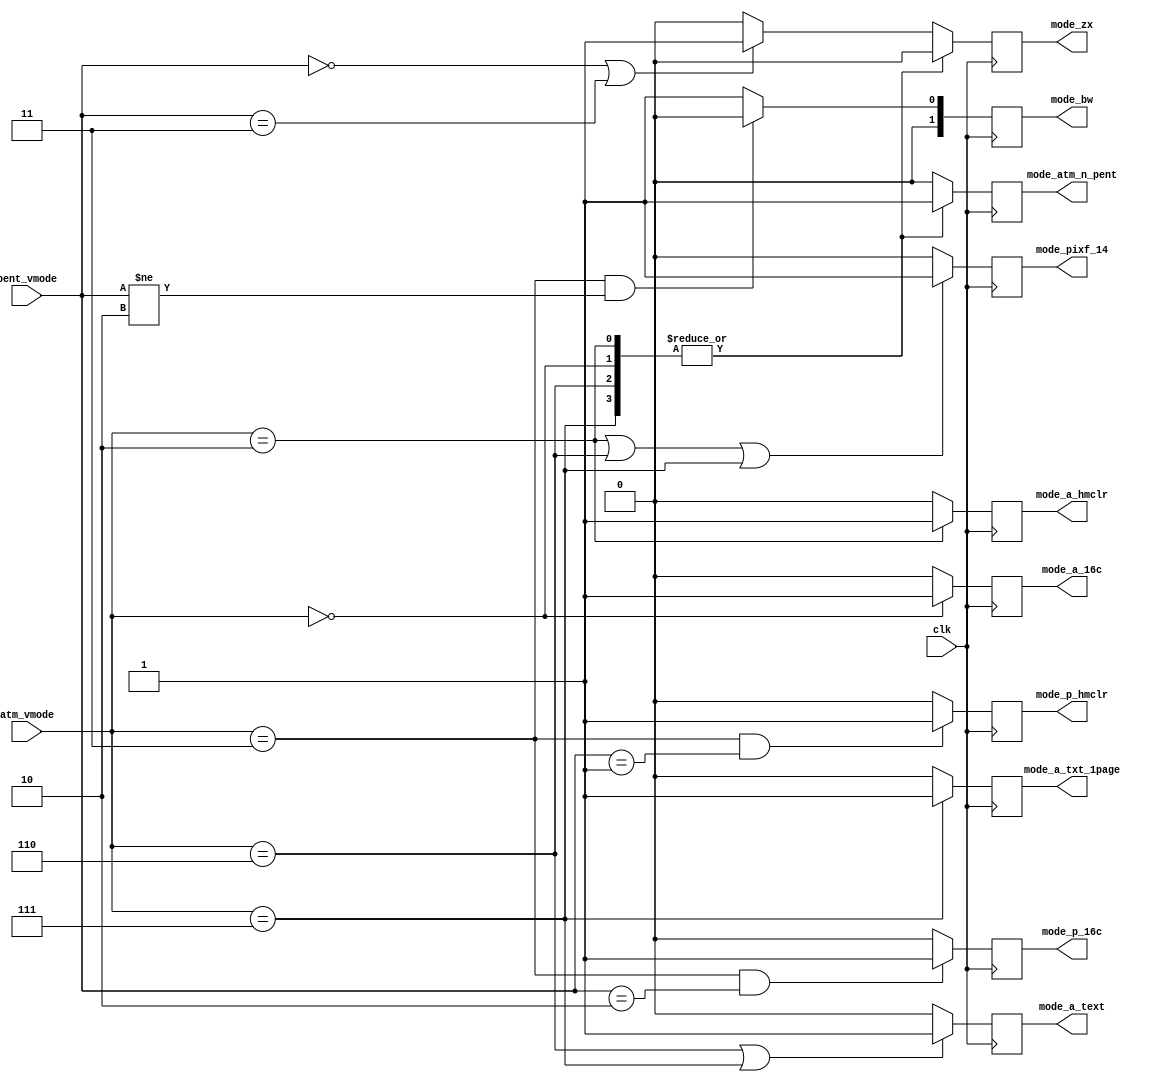
module video_modedecode(
	input  wire        clk,
	input  wire [ 1:0] pent_vmode, 
	input  wire [ 2:0] atm_vmode,  
	output reg         mode_atm_n_pent, 
	output reg         mode_zx, 
	output reg         mode_p_16c,   
	output reg         mode_p_hmclr, 
	output reg         mode_a_hmclr, 
	output reg         mode_a_16c,   
	output reg         mode_a_text,  
	output reg         mode_a_txt_1page, 
	output reg         mode_pixf_14, 
	output reg  [ 1:0] mode_bw 
);
	always @(posedge clk)
	begin
		case( atm_vmode )
			3'b010:  mode_atm_n_pent <= 1'b1;
			3'b000:  mode_atm_n_pent <= 1'b1;
			3'b110:  mode_atm_n_pent <= 1'b1;
			3'b111:  mode_atm_n_pent <= 1'b1;
			3'b011:  mode_atm_n_pent <= 1'b0;
			default: mode_atm_n_pent <= 1'b0;
		endcase
		case( atm_vmode )
			3'b010: mode_zx <= 1'b0;
			3'b000: mode_zx <= 1'b0;
			3'b110: mode_zx <= 1'b0;
			3'b111: mode_zx <= 1'b0;
			default: begin
				if( (pent_vmode==2'b00) || (pent_vmode==2'b11) )
					mode_zx <= 1'b1;
				else
					mode_zx <= 1'b0;
			end
		endcase
		if( (atm_vmode==3'b011) && (pent_vmode==2'b10) )
			mode_p_16c <= 1'b1;
		else
			mode_p_16c <= 1'b0;
		if( (atm_vmode==3'b011) && (pent_vmode==2'b01) )
			mode_p_hmclr <= 1'b1;
		else
			mode_p_hmclr <= 1'b0;
		if( atm_vmode==3'b010 )
			mode_a_hmclr <= 1'b1;
		else
			mode_a_hmclr <= 1'b0;
		if( atm_vmode==3'b000 )
			mode_a_16c <= 1'b1;
		else
			mode_a_16c <= 1'b0;
		if( (atm_vmode==3'b110) || (atm_vmode==3'b111) )
			mode_a_text <= 1'b1;
		else
			mode_a_text <= 1'b0;
		if( atm_vmode==3'b111 )
			mode_a_txt_1page <= 1'b1;
		else
			mode_a_txt_1page <= 1'b0;
		if( (atm_vmode==3'b010) || (atm_vmode==3'b110) || (atm_vmode==3'b111) )
			mode_pixf_14 <= 1'b1;
		else
			mode_pixf_14 <= 1'b0;
		if( (atm_vmode==3'b011) && (pent_vmode!=2'b10) )
			mode_bw <= 2'b00; 
		else
			mode_bw <= 2'b01; 
	end
endmodule